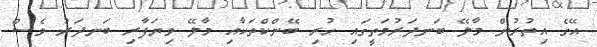
އޭގެ އިތުރުން މާލޭ ބަނދަރުމަތީގައި ހުރި ބޭންކްތަކާއި މާލޭ ވިޔަފާރި ބަނދަރު ވެސް